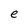
Character: e